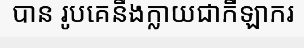
បាន រូបគេនឹងក្លាយជាកីឡាករ